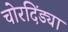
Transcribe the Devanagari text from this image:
चोरदिंड्या